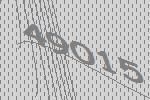
49015